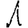
Digit: 1